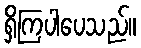
ရှိကြပါပေသည်။